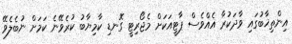
އިންތިޚާބުގައި ވާދަކުރާ އެއްވެސް ޕާޓީއަކަށް މެޖޯރިޓީ ގޮނޑި ކާމިޔާބު ކުރެވޭނެ ކަމަށް ނުބެލެވޭ